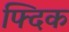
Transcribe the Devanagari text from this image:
फ्दिक